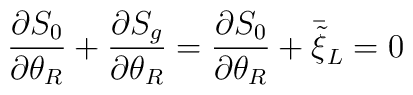
\frac{\partial S_{0}}{\partial \theta_{R}} + \frac{\partial S_{g}}{\partial\theta_{R}} = \frac{\partial S_{0}}{\partial \theta_{R}} +\bar{\tilde{\xi}}_{L}  = 0